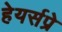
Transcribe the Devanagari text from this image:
हेयर्सप्रे